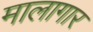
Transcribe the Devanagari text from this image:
मालागार